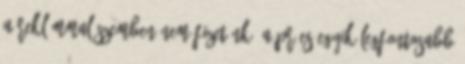
a reklámmal szemben nem fizetünk. A PR-es egyik legfontosabb